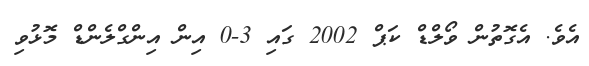
އެވެ. އެގޮތުން ވޯލްޑް ކަޕް 2002 ގައި 3-0 އިން އިންގްލެންޑް މޮޅުވި